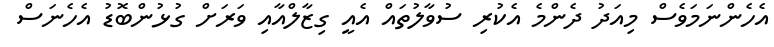
އެހެންނަމަވެސް މިއަދު ދެންމެ އެކުރި ސުވާލުތައް އެއީ ގިޒާލްއާއި ވަރަށް ގުޅުންބޮޑު އެހެނަސް